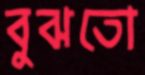
বুঝতো